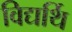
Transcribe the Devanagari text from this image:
विद्यर्थि